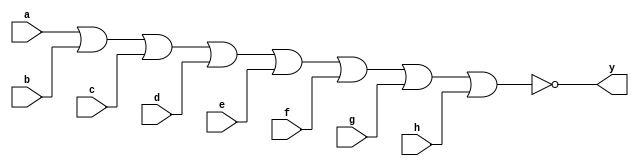
module nor_input_dataflow(y,a,b,c,d,e,f,g,h);
input a,b,c,d,e,f,g,h;
output y;
assign y=~(a|b|c|d|e|f|g|h);
endmodule